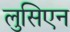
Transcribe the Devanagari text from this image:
लुसिएन